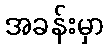
အခန်းမှာ